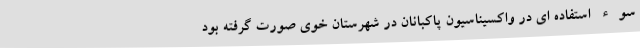
سوء استفاده ای در واکسیناسیون پاکبانان در شهرستان خوی صورت گرفته بود